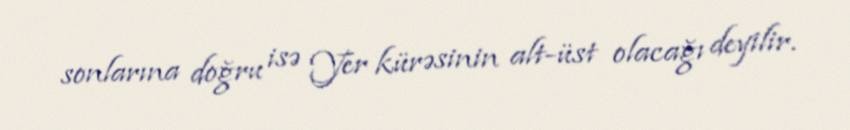
sonlarına doğru isə Yer kürəsinin alt-üst olacağı deyilir.